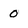
Character: 0